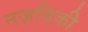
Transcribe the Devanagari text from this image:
नज़दिकी